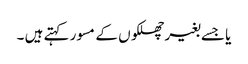
یا جسے بغیر چھلکوں کے مسور کہتے ہیں ۔